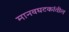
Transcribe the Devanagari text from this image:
मानवघटकांतील